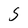
Character: S